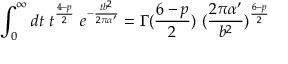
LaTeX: \int _ { 0 } ^ { \infty } d t ~ t ^ { \frac { 4 - p } { 2 } } ~ e ^ { - { \frac { t b ^ { 2 } } { 2 \pi \alpha ^ { \prime } } } } = \Gamma ( { \frac { 6 - p } { 2 } } ) ~ ( { \frac { 2 \pi \alpha ^ { \prime } } { b ^ { 2 } } } ) ^ { \frac { 6 - p } { 2 } }